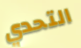
التحدي